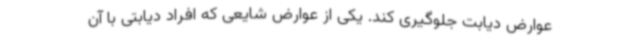
عوارض دیابت جلوگیری کند. یکی از عوارض شایعی که افراد دیابتی با آن